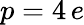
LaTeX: p=4\, e